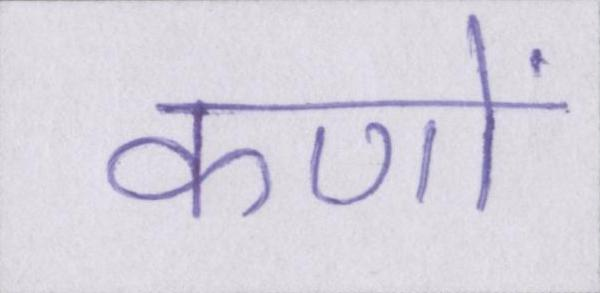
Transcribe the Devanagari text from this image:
कणों